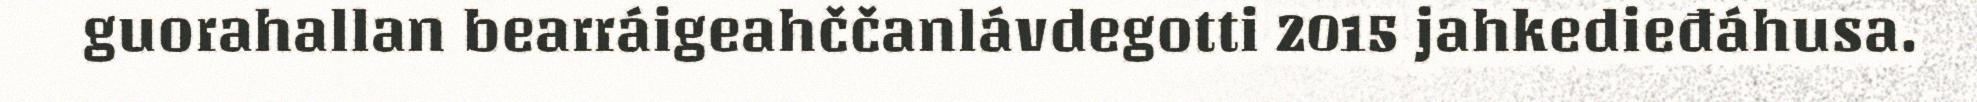
guorahallan bearráigeahččanlávdegotti 2015 jahkedieđáhusa.